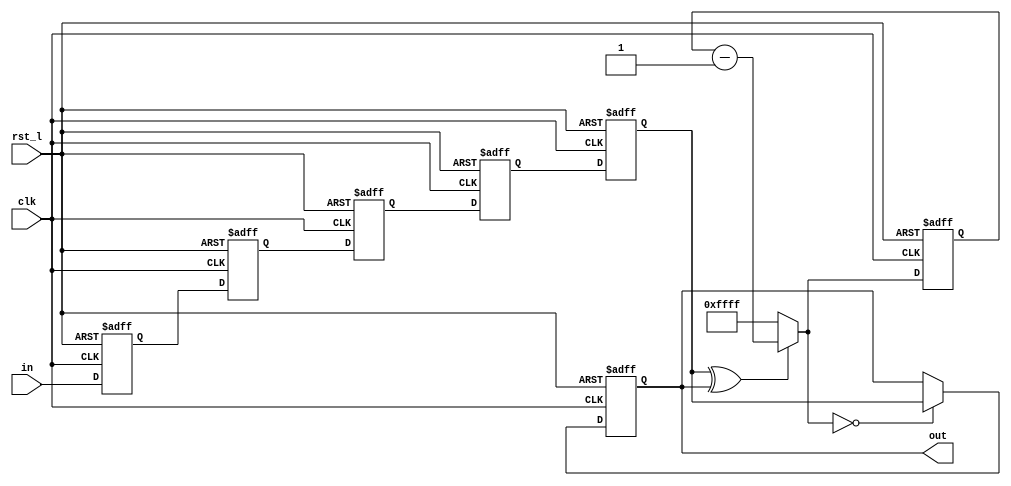
module delay_deglitch(
    clk,
    rst_l,
    in,
    out);
    
	 parameter COUNT_WIDTH = 16;
	 
    input clk;
    input rst_l;
    input in;
    output out;
    
    reg in_stage1, in_stage2, in_stage3, in_stage4, in_stage5;
    reg out;
    
    //register 5 stages;
    always @(posedge clk or negedge rst_l)
    if(~rst_l)
    	in_stage1 <= 1'b1;
    else
    	in_stage1 <= in;
    
    always @(posedge clk or negedge rst_l)
    if(~rst_l)
    	in_stage2 <= 1'b1;
    else
    	in_stage2 <= in_stage1;
    	
    always @(posedge clk or negedge rst_l)
    if(~rst_l)
    	in_stage3 <= 1'b1;
    else
    	in_stage3 <= in_stage2;
    
    always @(posedge clk or negedge rst_l)
    if(~rst_l)
    	in_stage4 <= 1'b1;
    else
    	in_stage4 <= in_stage3;
    
    always @(posedge clk or negedge rst_l)
    if(~rst_l)
    	in_stage5 <= 1'b1;
    else
    	in_stage5 <= in_stage4;

    //delay_timer
    reg [COUNT_WIDTH-1:0] delay_count_q;
    
    //1in_stage5=1out=1;^,delay_count_run=0;  in_stage5016'hffff
    //2clkin_stage5=0out=1;^,delay_count_run=1
    wire delay_count_run = in_stage5 ^ out;
    
    //1delay_count_run=0;delay_count_d = 16'hffff
    //2delay_count_run=1;delay_count_q --
    //ffff 65,535/ 50M = 1.3ms
    wire [COUNT_WIDTH-1:0] delay_count_d = (delay_count_run? delay_count_q[COUNT_WIDTH-1:0] - 1'b1 : 16'hffff);
    
    always @(posedge clk or negedge rst_l)
    if(~rst_l)
    	delay_count_q <= 0;
    else
    	delay_count_q <= delay_count_d;
    
    //out regisger
    //3 delay_count_q-- == 0in_stage5;out()
    wire out_d = (delay_count_d[COUNT_WIDTH-1:0] == 0)? in_stage5 : out;
    
    always @(posedge clk or negedge rst_l)
    if(~rst_l)
    	out <= 1'b1;
    else
    	out <= out_d;
    
endmodule